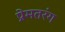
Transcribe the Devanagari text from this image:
प्रेमतरंग